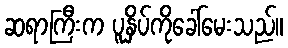
ဆရာကြီးက ပူနှိပ်ကိုခေါ်မေးသည်။